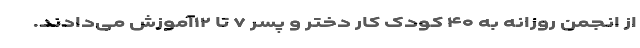
از انجمن روزانه به ۴۰ کودک کار دختر و پسر ۷ تا ۱۲آموزش می‌دادند.